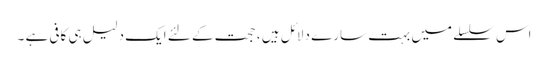
اس سلسلے میں بہت سارے دلائل ہیں ، حجت کے لئے ایک دلیل ہی کافی ہے ۔